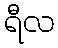
ရီလ